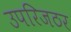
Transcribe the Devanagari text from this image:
उपरिजठर